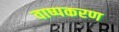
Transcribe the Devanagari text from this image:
वाष्पकरण